Manual of vaccination for the United Provinces of Agra and Oudh -
Year: 1903
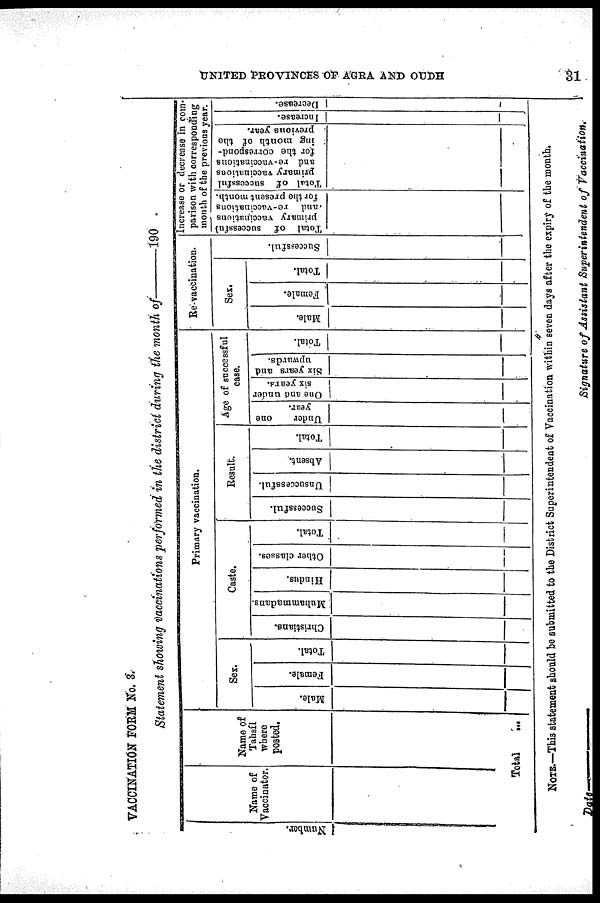
UNITED PROVINCES OF AGRA AND OUDH
31
VACCINATION FORM No. 3.
Statement showing vaccinations performed in the district during the month
of—190
Number.
Name of
Vaccinator
Name of
Tahsíl
where
posted.
Total
...
Primary vaccination.
Sex.
Male.
Female.
Total.
Caste.
Christians.
Muhammadans.
Hindus.
Other classes.
Total.
Result.
Successful.
Unsuccessful.
Absent.
Total.
Age of successful
case.
Under
one
year.
One and under
six years.
Six years and
upwards.
Total.
Re-vaccination.
Sex.
Male.
Female.
Total.
Successful.
Increase or decrease in com¬
parison with corresponding
month of the previous year.
Total of successful
primary vaccinations
and re-vaccinations
for the present month.
Total of successful
primary vaccinations
and re-vaccinations
for the correspond-
ing month of the
previous year.
Increase.
Decrease.
NOTE.—This statement should be submitted to the District Superintendent of Vaccination within seven days after the expiry of the month.
Date—
Signature of Assistant Superintendent of Vaccination.